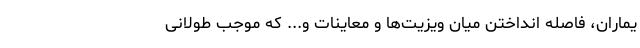
یماران، فاصله انداختن میان ویزیت‌ها و معاینات و... که موجب طولانی